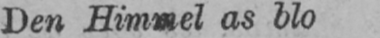
Den Himmel as blo